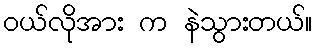
ဝယ်လိုအား က နဲသွားတယ်။